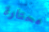
محتارة